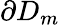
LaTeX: \partial D_{m}